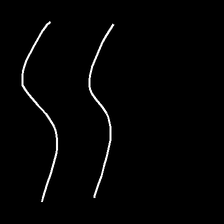
Glyph: float